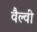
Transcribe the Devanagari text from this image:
वैल्वी